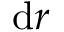
{ \mathrm { d } } r